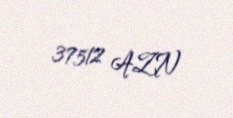
37512 AZN